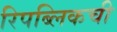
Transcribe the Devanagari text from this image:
रिपब्लिकची